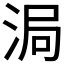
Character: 𬇴